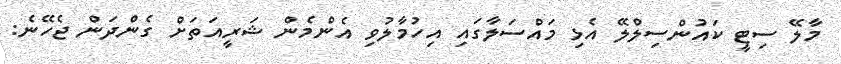
މާލޭ ސިޓީ ކައުންސިލްލޭ އެޅި މައްސަލާގައި އިހުމާލުވި އެންމެން ޝަރީއަތަށް ގެންދަން ޖެހޭނެ: